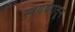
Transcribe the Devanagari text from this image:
स्वयंवरातून